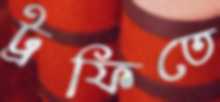
ট্রফিতে